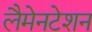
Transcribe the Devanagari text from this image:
लैमेनटेशन